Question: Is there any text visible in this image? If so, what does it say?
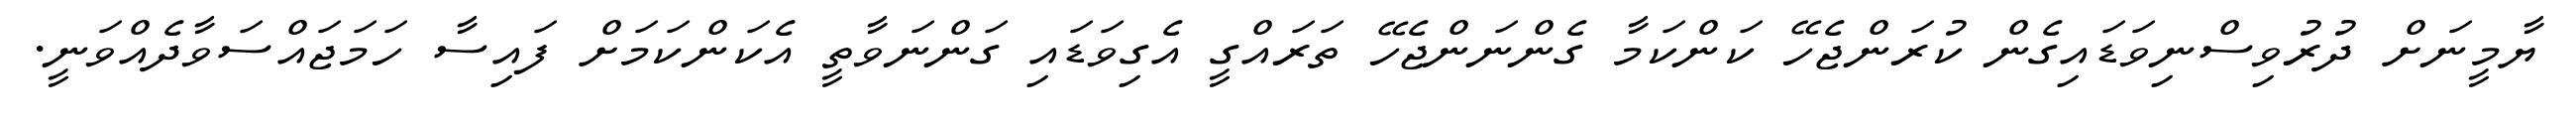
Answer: ޔާމީނަށް ދުރުވިސްނިވަޑައިގެން ކުރަންޖެހޭ ކަންކަމާ ގެންނަންޖެހޭ ތަރައްގީ އެގިވަޑައި ގަންނަވާތީ އެކަންކަމަށް ފައިސާ ހަމަޖައްސަވާދެއްވަނީ.